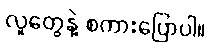
လူတွေနဲ့ စကားပြောပါ။